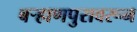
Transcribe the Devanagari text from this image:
बऱ्हाणपुरावरून